Vaccination in Bombay 1902-1912 - 1902-1912
Year: 1902
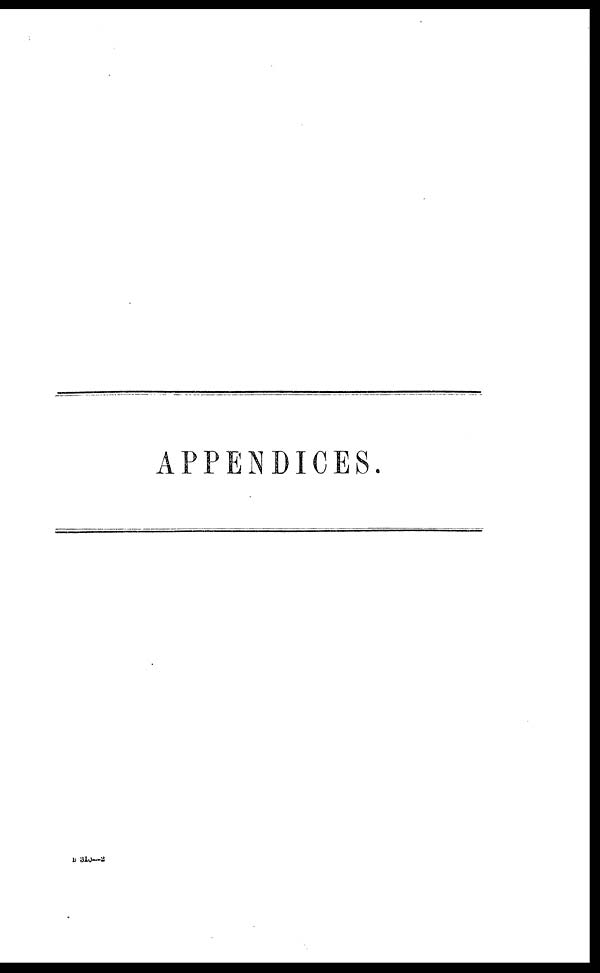
APPENDICES.